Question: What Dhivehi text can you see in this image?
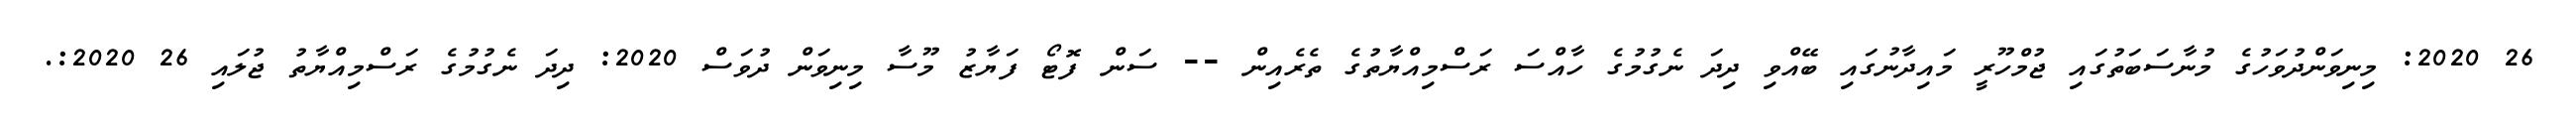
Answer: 26 2020: މިނިވަންދުވަހުގެ މުނާސަބަތުގައި ޖުމްހޫރީ މައިދާނުގައި ބޭއްވި ދިދަ ނެގުމުގެ ހާއްސަ ރަސްމިއްޔާތުގެ ތެރެއިން -- ސަން ފޮޓޯ ފަޔާޒު މޫސާ މިނިވަން ދުވަސް 2020: ދިދަ ނެގުމުގެ ރަސްމިއްޔާތު ޖުލައި 26 2020:.